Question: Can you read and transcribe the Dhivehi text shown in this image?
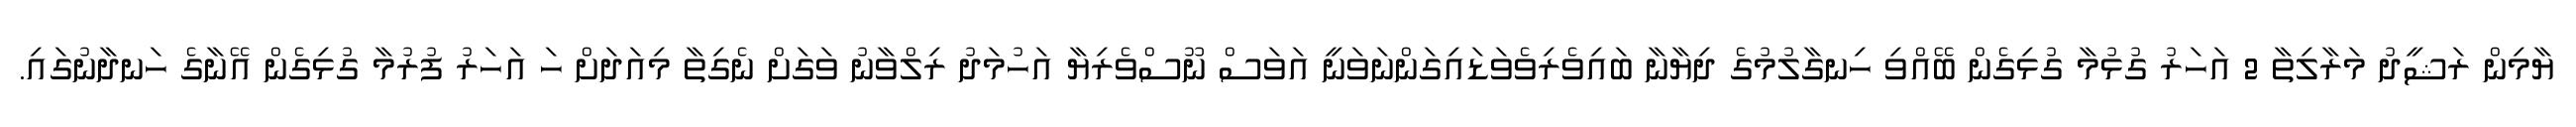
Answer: ޔާމިން ރަޝީދު މަރާލިތާ 2 އަހަރު ގުޅުމާ ގުޅިގެން ބޭއްވި ހިނގާލުމުގެ ދިޔާނާ ބައިވެރިވެވަޑައިގަންނަވަނީ އަވަސް ނޫސްވެރިޔާ އަހުމަދު ރިލްވާނު ވަގަށް ނެގިތާ މިއަދަށް ހަ އަހަރު ފުރުމާ ގުޅިގެން އޭނާގެ ހަނދާނުގައި.